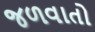
જળવાતો